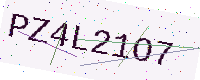
Text: PZ4L21O7